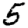
Digit: 5